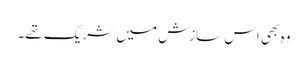
وہ بھی اس سازش میں شریک تھے۔